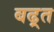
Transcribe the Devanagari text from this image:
बढ़्त